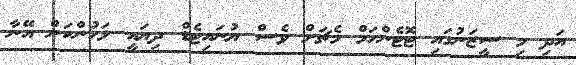
އަދި މި ސީޒަނުގައި ޓޮޓެންހަމް މެޗަށް ވެސް ޔުނައިޓެޑް ދިޔައީ ލަހުންކަން އޭނާ